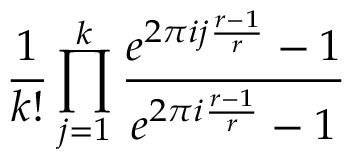
\frac { 1 } { k ! } \prod _ { j = 1 } ^ { k } \frac { e ^ { 2 \pi i j \frac { r - 1 } { r } } - 1 } { e ^ { 2 \pi i \frac { r - 1 } { r } } - 1 }